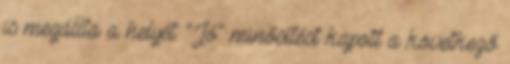
is megállta a helyét. "Jó" minősítést kapott a következő